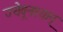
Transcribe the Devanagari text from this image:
ज्येवूनश्यान्